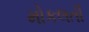
મોકલતી